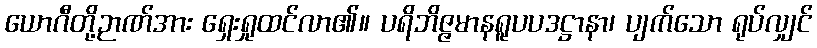
ယောဂီတို့ဉာဏ်အား ရှေးရှုထင်လာ၏။ ပရိဘိဇ္ဇမာနရူပပဒဋ္ဌာနာ၊ ပျက်သော ရုပ်လျှင်